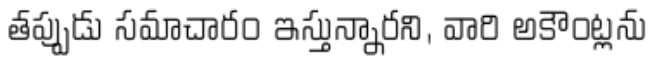
తప్పుడు సమాచారం ఇస్తున్నారని, వారి అకౌంట్లను